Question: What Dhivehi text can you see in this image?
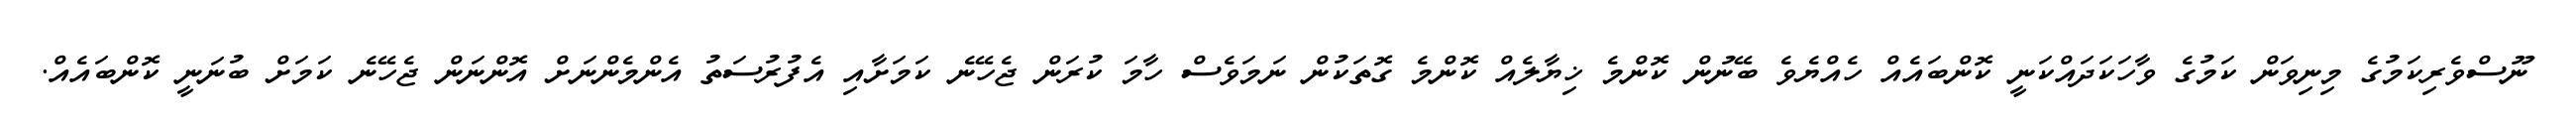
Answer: ނޫސްވެރިކަމުގެ މިނިވަން ކަމުގެ ވާހަކަދައްކަނީ ކޮންބައެއް ހެއްޔެވެ ބޭނުން ކޮންމެ ޚިޔާލެއް ކޮންމެ ގޮތަކުން ނަމަވެސް ހާމަ ކުރަން ޖެހޭނެ ކަމަށާއި އެފުރުސަތު އެންމެންނަށް އޮންނަން ޖެހޭނެ ކަމަށް ބުނަނީ ކޮންބައެއް.